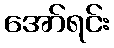
အော်ရင်း